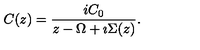
C ( z ) = \frac { i C _ { 0 } } { z - \Omega + \imath \Sigma ( z ) } .